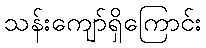
သန်းကျော်ရှိကြောင်း